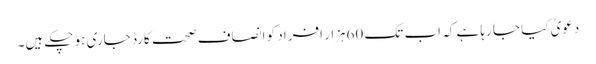
دعویٰ کیا جا رہا ہے کہ اب تک 60ہزار افراد کو انصاف صحت کارڈ جاری ہو چکے ہیں۔